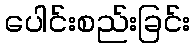
ပေါင်းစည်းခြင်း